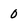
Character: 0